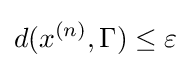
d(x^{(n)},\Gamma )\leq \varepsilon